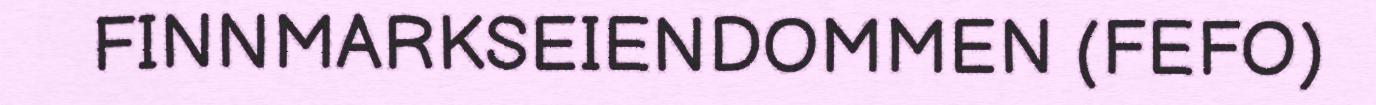
FINNMARKSEIENDOMMEN (FEFO)